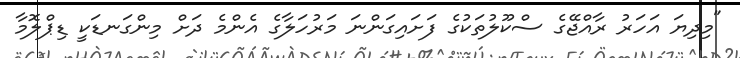
"މިދިޔަ އަހަރު ރާއްޖޭގެ ސްކޫލުތަކުގެ ފަށައިގަންނަ މަރުހަލާގެ އެންމެ ދަށް މިންގަނޑަކީ ޑިޕްލޮމާ